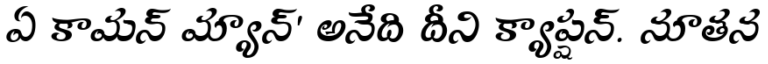
ఏ కామన్ మ్యాన్' అనేది దీని క్యాప్షన్. నూతన